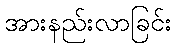
အားနည်းလာခြင်း